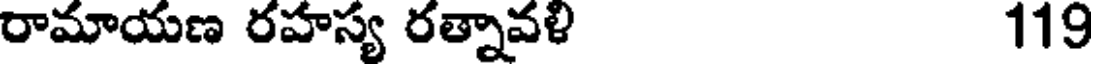
రామాయణ రహస్య రత్నావళి 119